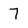
Character: 7